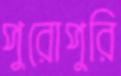
পুরোপুরি